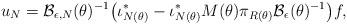
LaTeX: \begin{align*}u_N = \mathcal{B}_{\epsilon,N}(\theta)^{-1} \big( \iota^*_{N(\theta)} - \iota^*_{N(\theta)} M(\theta) \pi_{R(\theta)} \mathcal{B}_{\epsilon}(\theta)^{-1}\big) f,\end{align*}